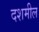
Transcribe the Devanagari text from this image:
दशमील